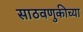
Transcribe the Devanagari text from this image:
साठवणुकीच्या